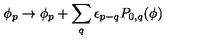
\phi _ { p } \rightarrow \phi _ { p } + \sum _ { q } \epsilon _ { p - q } P _ { 0 , q } ( \phi )